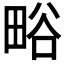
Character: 𭻗